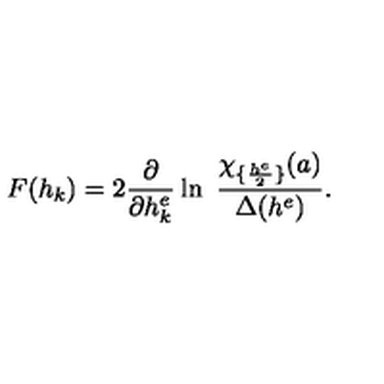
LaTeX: F ( h _ { k } ) = 2 { \frac { \partial } { \partial h _ { k } ^ { e } } } \ln \ { \frac { \chi _ { \{ { \frac { h ^ { e } } { 2 } } \} } ( a ) } { \Delta ( h ^ { e } ) } } .